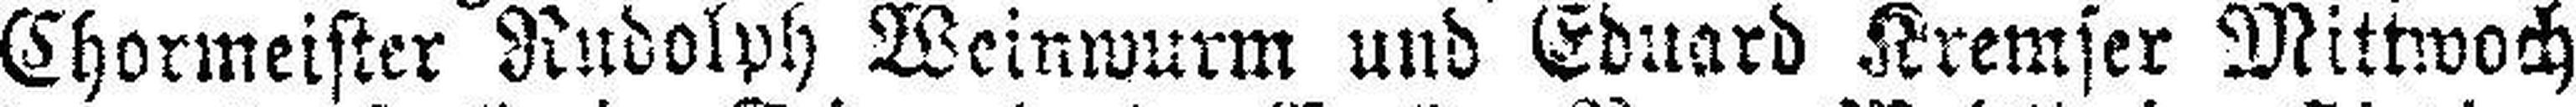
Chormeister Rudolph Weinwurm und Eduard Kremser Mittwoch